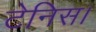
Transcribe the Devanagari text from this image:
टेनिस।